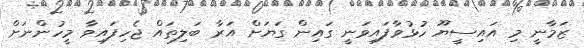
ޒަމާނީ މި އައިސީޔޫ ހުޅުވާފައިވަނީ ގައިން ގަޔަށް އަރާ ބަލިތައް ޖެހިފައިވާ މީހުންނަށް